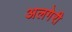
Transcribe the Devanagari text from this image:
अलगेरी